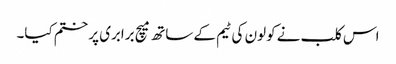
اس کلب نے کولون کی ٹیم کے ساتھ میچ برابری پر ختم کیا۔